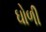
ઘોળી